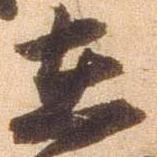
在